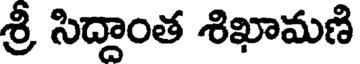
శ్రీ సిద్దాంత శిఖామణి